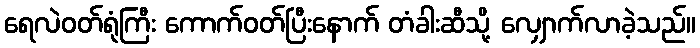
ရေလဲဝတ်ရုံကြီး ကောက်ဝတ်ပြီးနောက် တံခါးဆီသို့ လျှောက်လာခဲ့သည်။